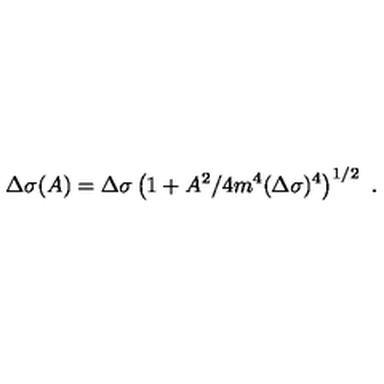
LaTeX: \Delta \sigma ( A ) = \Delta \sigma \left( 1 + A ^ { 2 } / 4 m ^ { 4 } ( \Delta \sigma ) ^ { 4 } \right) ^ { 1 / 2 } \ .